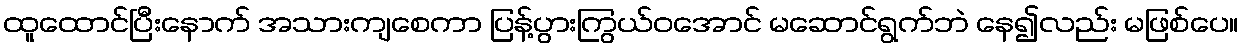
ထူထောင်ပြီးနောက် အသားကျစေကာ ပြန့်ပွားကြွယ်ဝအောင် မဆောင်ရွက်ဘဲ နေ၍လည်း မဖြစ်ပေ။